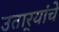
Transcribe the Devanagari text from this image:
उतार्‍यांचे